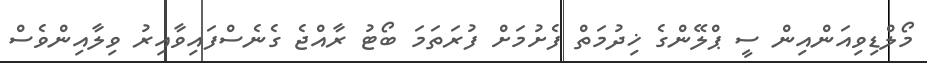
މޯލްޑިވިއަންއިން ސީ ޕްލޭންގެ ޚިދުމަތް ފެށުމަށް ފުރަތަމަ ބޯޓު ރާއްޖެ ގެނެސްފައިވާއިރު ވިލާއިންވެސް